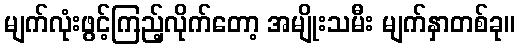
မျက်လုံးဖွင့်ကြည့်လိုက်တော့ အမျိုးသမီး မျက်နှာတစ်ခု။